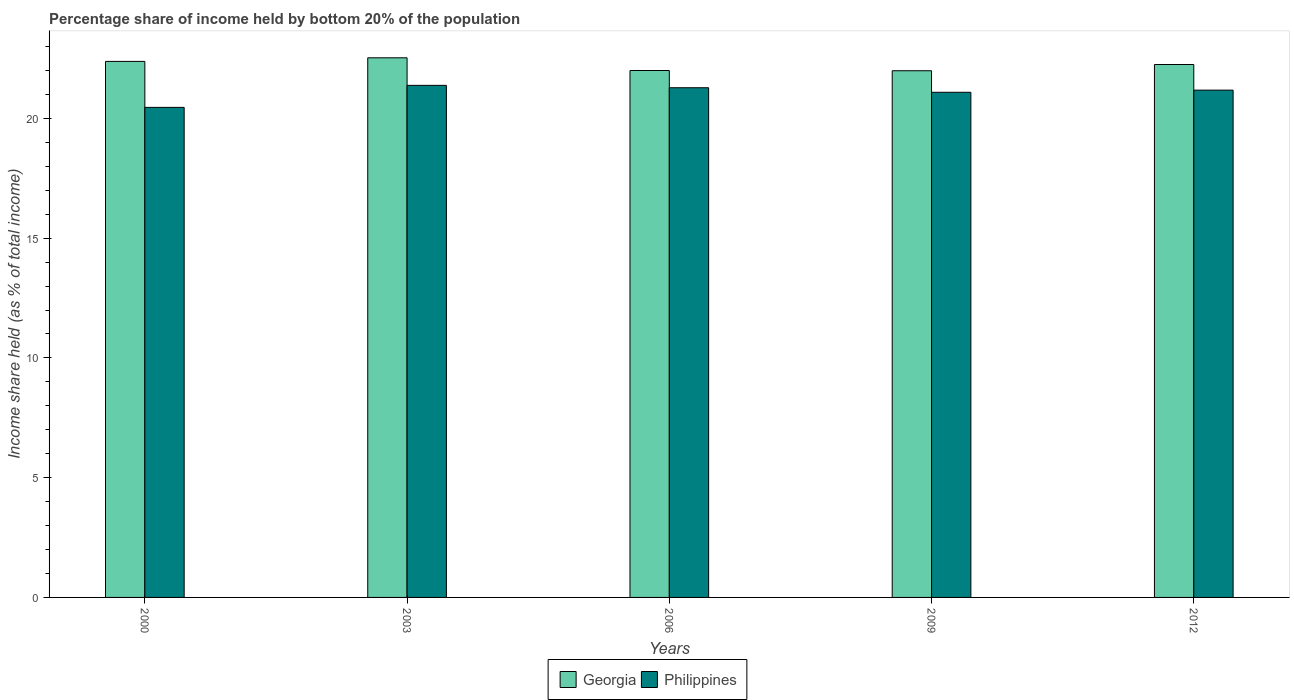
| Years | Georgia | Philippines |
 | --- | --- | --- |
 | 2000 | 22.4 | 20.5 |
 | 2003 | 22.5 | 21.4 |
 | 2006 | 22 | 21.3 |
 | 2009 | 22 | 21.1 |
 | 2012 | 22.2 | 21.2 |